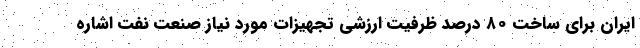
ایران برای ساخت ۸۰ درصد ظرفیت ارزشی تجهیزات مورد نیاز صنعت نفت اشاره